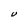
Character: U